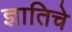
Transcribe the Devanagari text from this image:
ज्ञातिचे